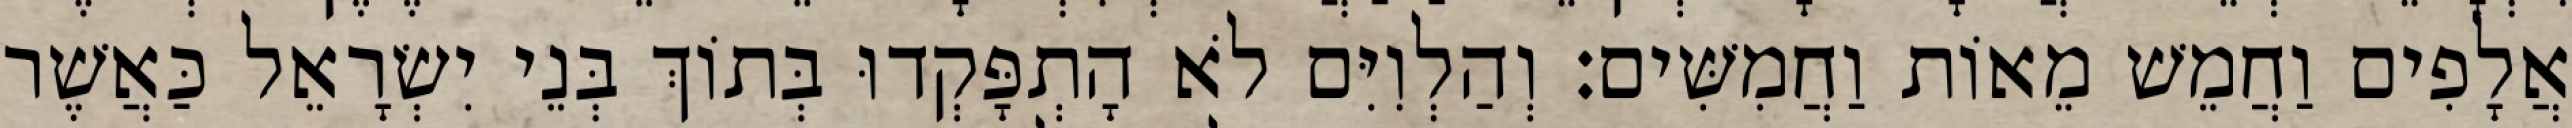
אֲלָפִים וַחֲמֵשׁ מֵאוֹת וַחֲמִשִּׁים׃ וְהַלְוִיִּם לֹא הָתְפָּקְדוּ בְּתוֹךְ בְּנֵי יִשְׂרָאֵל כַּאֲשֶׁר